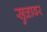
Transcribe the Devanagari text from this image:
सुळावर